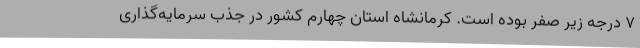
7 درجه زیر صفر بوده است. کرمانشاه استان چهارم کشور در جذب سرمایه‌گذاری